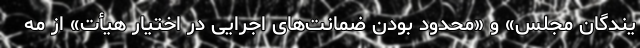
یندگان مجلس» و «محدود بودن ضمانت‌های اجرایی در اختیار هیأت» از مه